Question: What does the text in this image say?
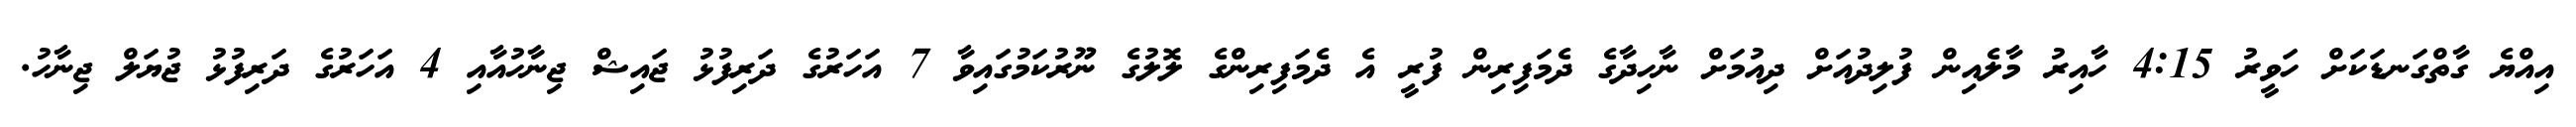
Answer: އިއްޔެ ގާތްގަނޑަކަށް ހަވީރު 4:15 ހާއިރު މާލެއިން ފުލިދުއަށް ދިއުމަށް ނާހިދާގެ ދެމަފިރިން ފުރީ އެ ދެމަފިރިންގެ ލޮލުގެ ނޫރުކަމުގައިވާ 7 އަހަރުގެ ދަރިފުޅު ޖައިޝް ޖިނާހުއާއި 4 އަހަރުގެ ދަރިފުޅު ޖުޔަލް ޖިނާހު.